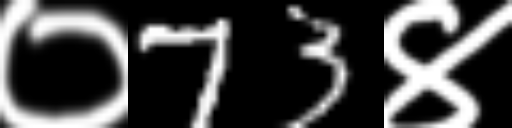
Text: ०73४